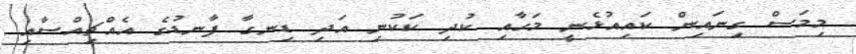
މިމަސް ގިނައިން ކައިއުޅެނީ މަހާއި ކުދި ކަކުނި އަދި ޑިނގާ ފާނޑުގެ އެއްޗިއްސާއި